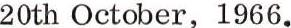
20th October, 1966.